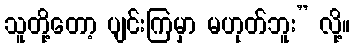
သူတို့တော့ ပျင်းကြမှာ မဟုတ်ဘူး” လို့။